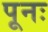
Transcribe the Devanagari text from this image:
पूनः